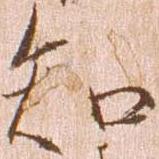
知